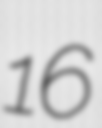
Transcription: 16